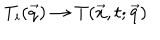
LaTeX: T _ { i } ( \vec { q } ) \to T ( \vec { x } , t ; \vec { q } )